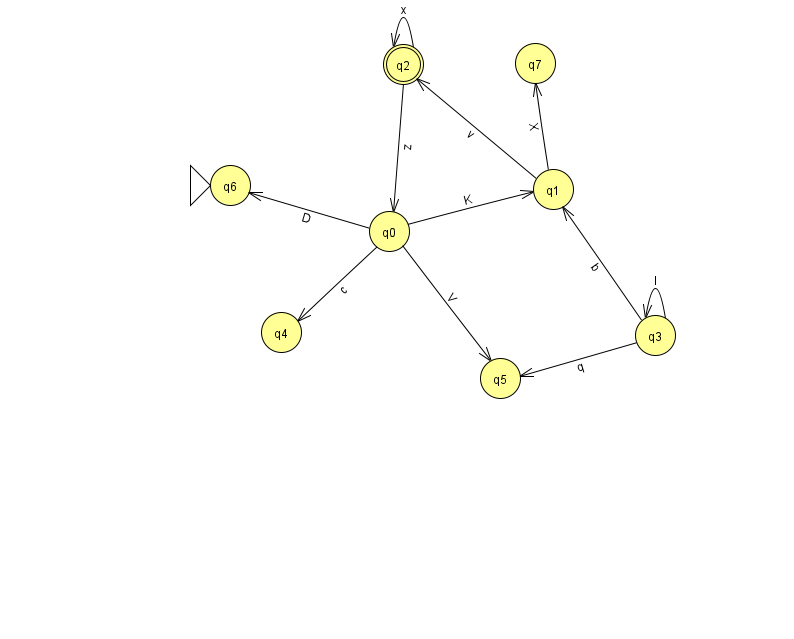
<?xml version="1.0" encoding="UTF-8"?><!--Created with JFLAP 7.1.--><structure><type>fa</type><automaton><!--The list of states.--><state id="0" name="q0"><x>389.0</x><y>218.0</y></state><state id="1" name="q1"><x>553.0</x><y>176.0</y></state><state id="2" name="q2"><x>403.0</x><y>51.0</y><final/></state><state id="3" name="q3"><x>655.0</x><y>322.0</y></state><state id="4" name="q4"><x>281.0</x><y>319.0</y></state><state id="5" name="q5"><x>500.0</x><y>365.0</y></state><state id="6" name="q6"><x>230.0</x><y>172.0</y><initial/></state><state id="7" name="q7"><x>535.0</x><y>50.0</y></state><!--The list of transitions.--><transition><from>0</from><to>6</to><read>D</read></transition><transition><from>0</from><to>4</to><read>c</read></transition><transition><from>1</from><to>2</to><read>v</read></transition><transition><from>3</from><to>1</to><read>b</read></transition><transition><from>0</from><to>1</to><read>K</read></transition><transition><from>2</from><to>2</to><read>x</read></transition><transition><from>2</from><to>0</to><read>z</read></transition><transition><from>0</from><to>5</to><read>V</read></transition><transition><from>3</from><to>5</to><read>q</read></transition><transition><from>3</from><to>3</to><read>l</read></transition><transition><from>1</from><to>7</to><read>X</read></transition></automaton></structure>